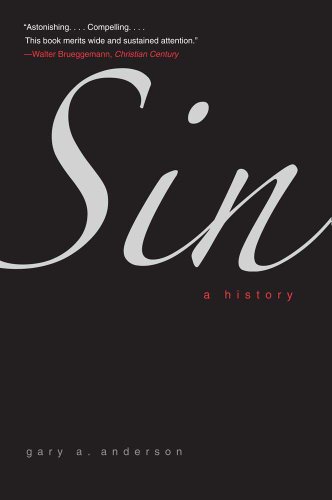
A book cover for Sin: A History; Gary A. Anderson; Religion & Spirituality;